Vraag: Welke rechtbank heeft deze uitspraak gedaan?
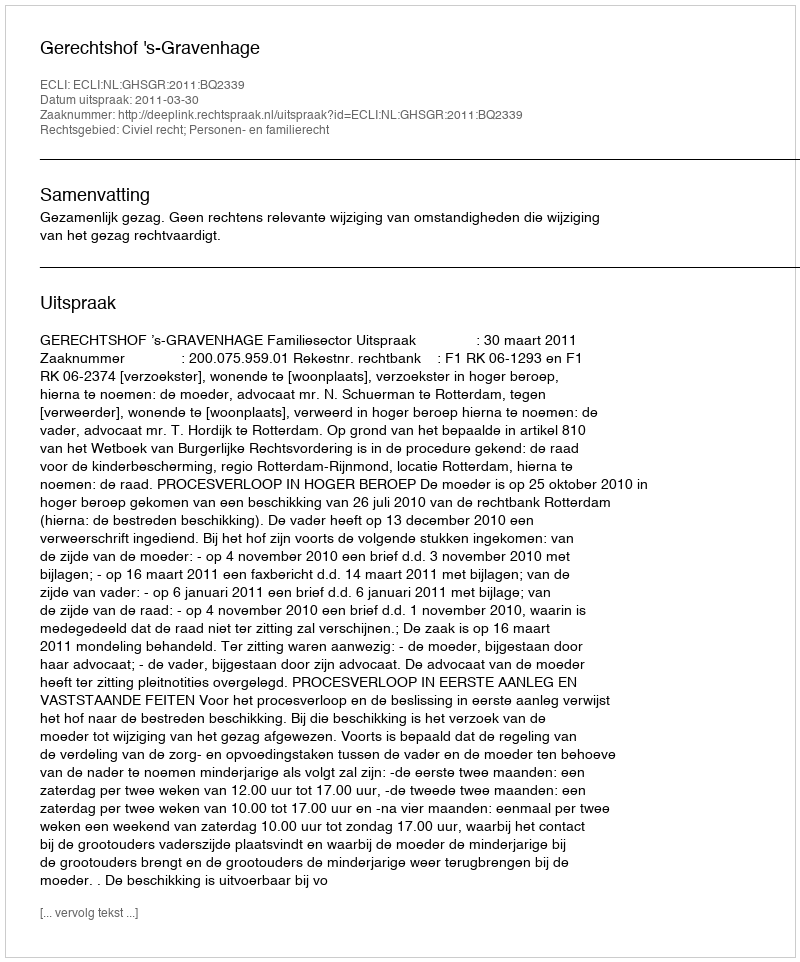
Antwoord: Gerechtshof 's-Gravenhage